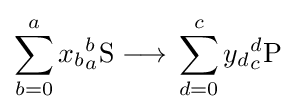
\sum _{b=0}^{a}x_{b}{}_{a}^{b}{\mathrm {S} {}\mathrel {\longrightarrow } {}}\sum _{d=0}^{c}y_{d}{}_{c}^{d}{\mathrm {P} }